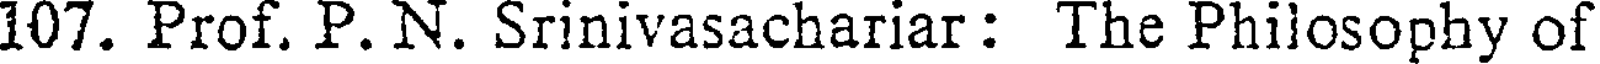
107. Prof. P. N. Srinivasachariar: The Philosophy of